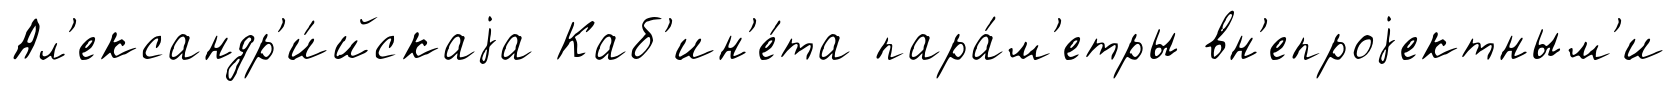
Ал'ександр'и́йскаjа Каб'ин'е́та пара́м'етры вн'епроjектным'и